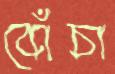
বোঁচা